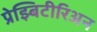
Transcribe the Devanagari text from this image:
प्रेझ्बिटीरिअन